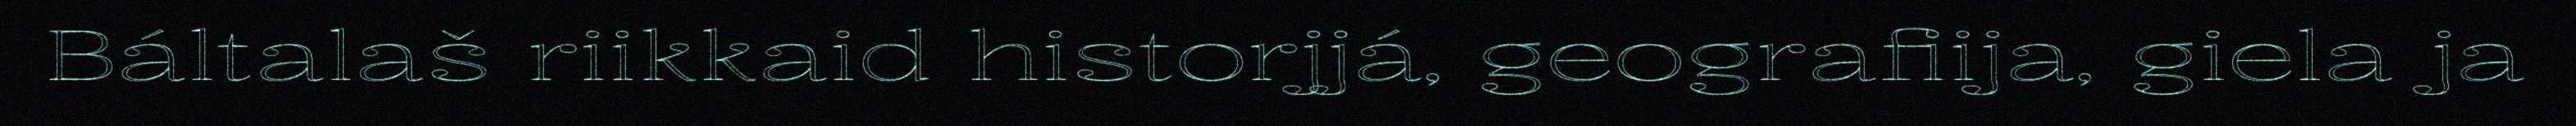
Báltalaš riikkaid historjjá, geografiija, giela ja